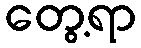
တွေ့ရာ